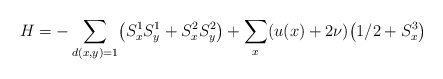
\begin{align*} H=-\sum_{d( x, y) =1} \bigl( S_x^1 S_y^1 +S_x^2 S_y^2 \bigr) +\sum_{x} (u(x)+2\nu) \bigl( 1/2 +S_x^3\bigr)\end{align*}